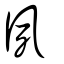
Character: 夙